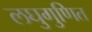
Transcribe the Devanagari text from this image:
लघुगुणित